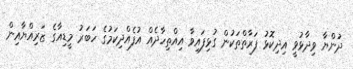
ދުންޔާ ވިދާޅުވީ އިދިކޮޅު ފަރާތްތަކުން ގުޅިފައިވާ އިއްތިހާދެއް އުފެއްދިކަމުގެ ހަބަރު މީޑިއާގެ ޒަރިއްޔާއިން